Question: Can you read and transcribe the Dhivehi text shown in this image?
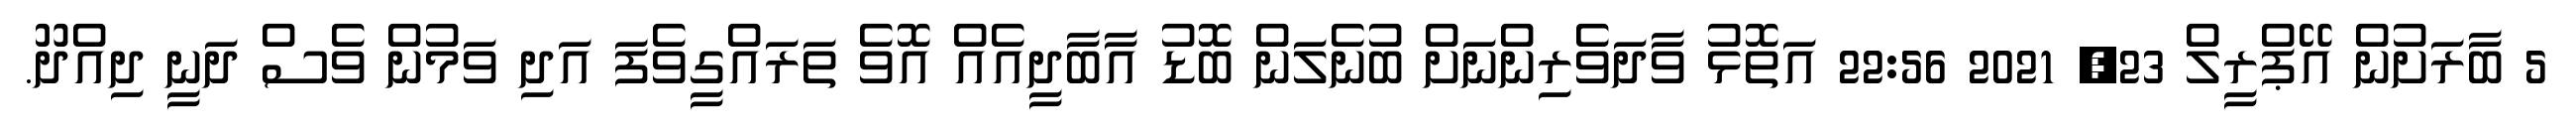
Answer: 5 ބާރަށުން އޭޕްރީލް 23, 2021 22:56 އަތޮޅު ވާދަވެރިންނަށް ބުނެލަން ބޮޑު އާބާދީއެއް އޮވެ ތަރައްގީވެފަ އަދި ވަމުން ވެސް ދަނީ ދިއްދޫ.